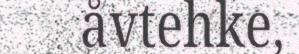
åvtehke,